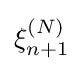
\xi _{n+1}^{(N)}